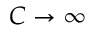
C \to \infty